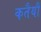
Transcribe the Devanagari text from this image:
कतैयौं